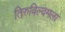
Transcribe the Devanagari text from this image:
तिरुविल्वमला